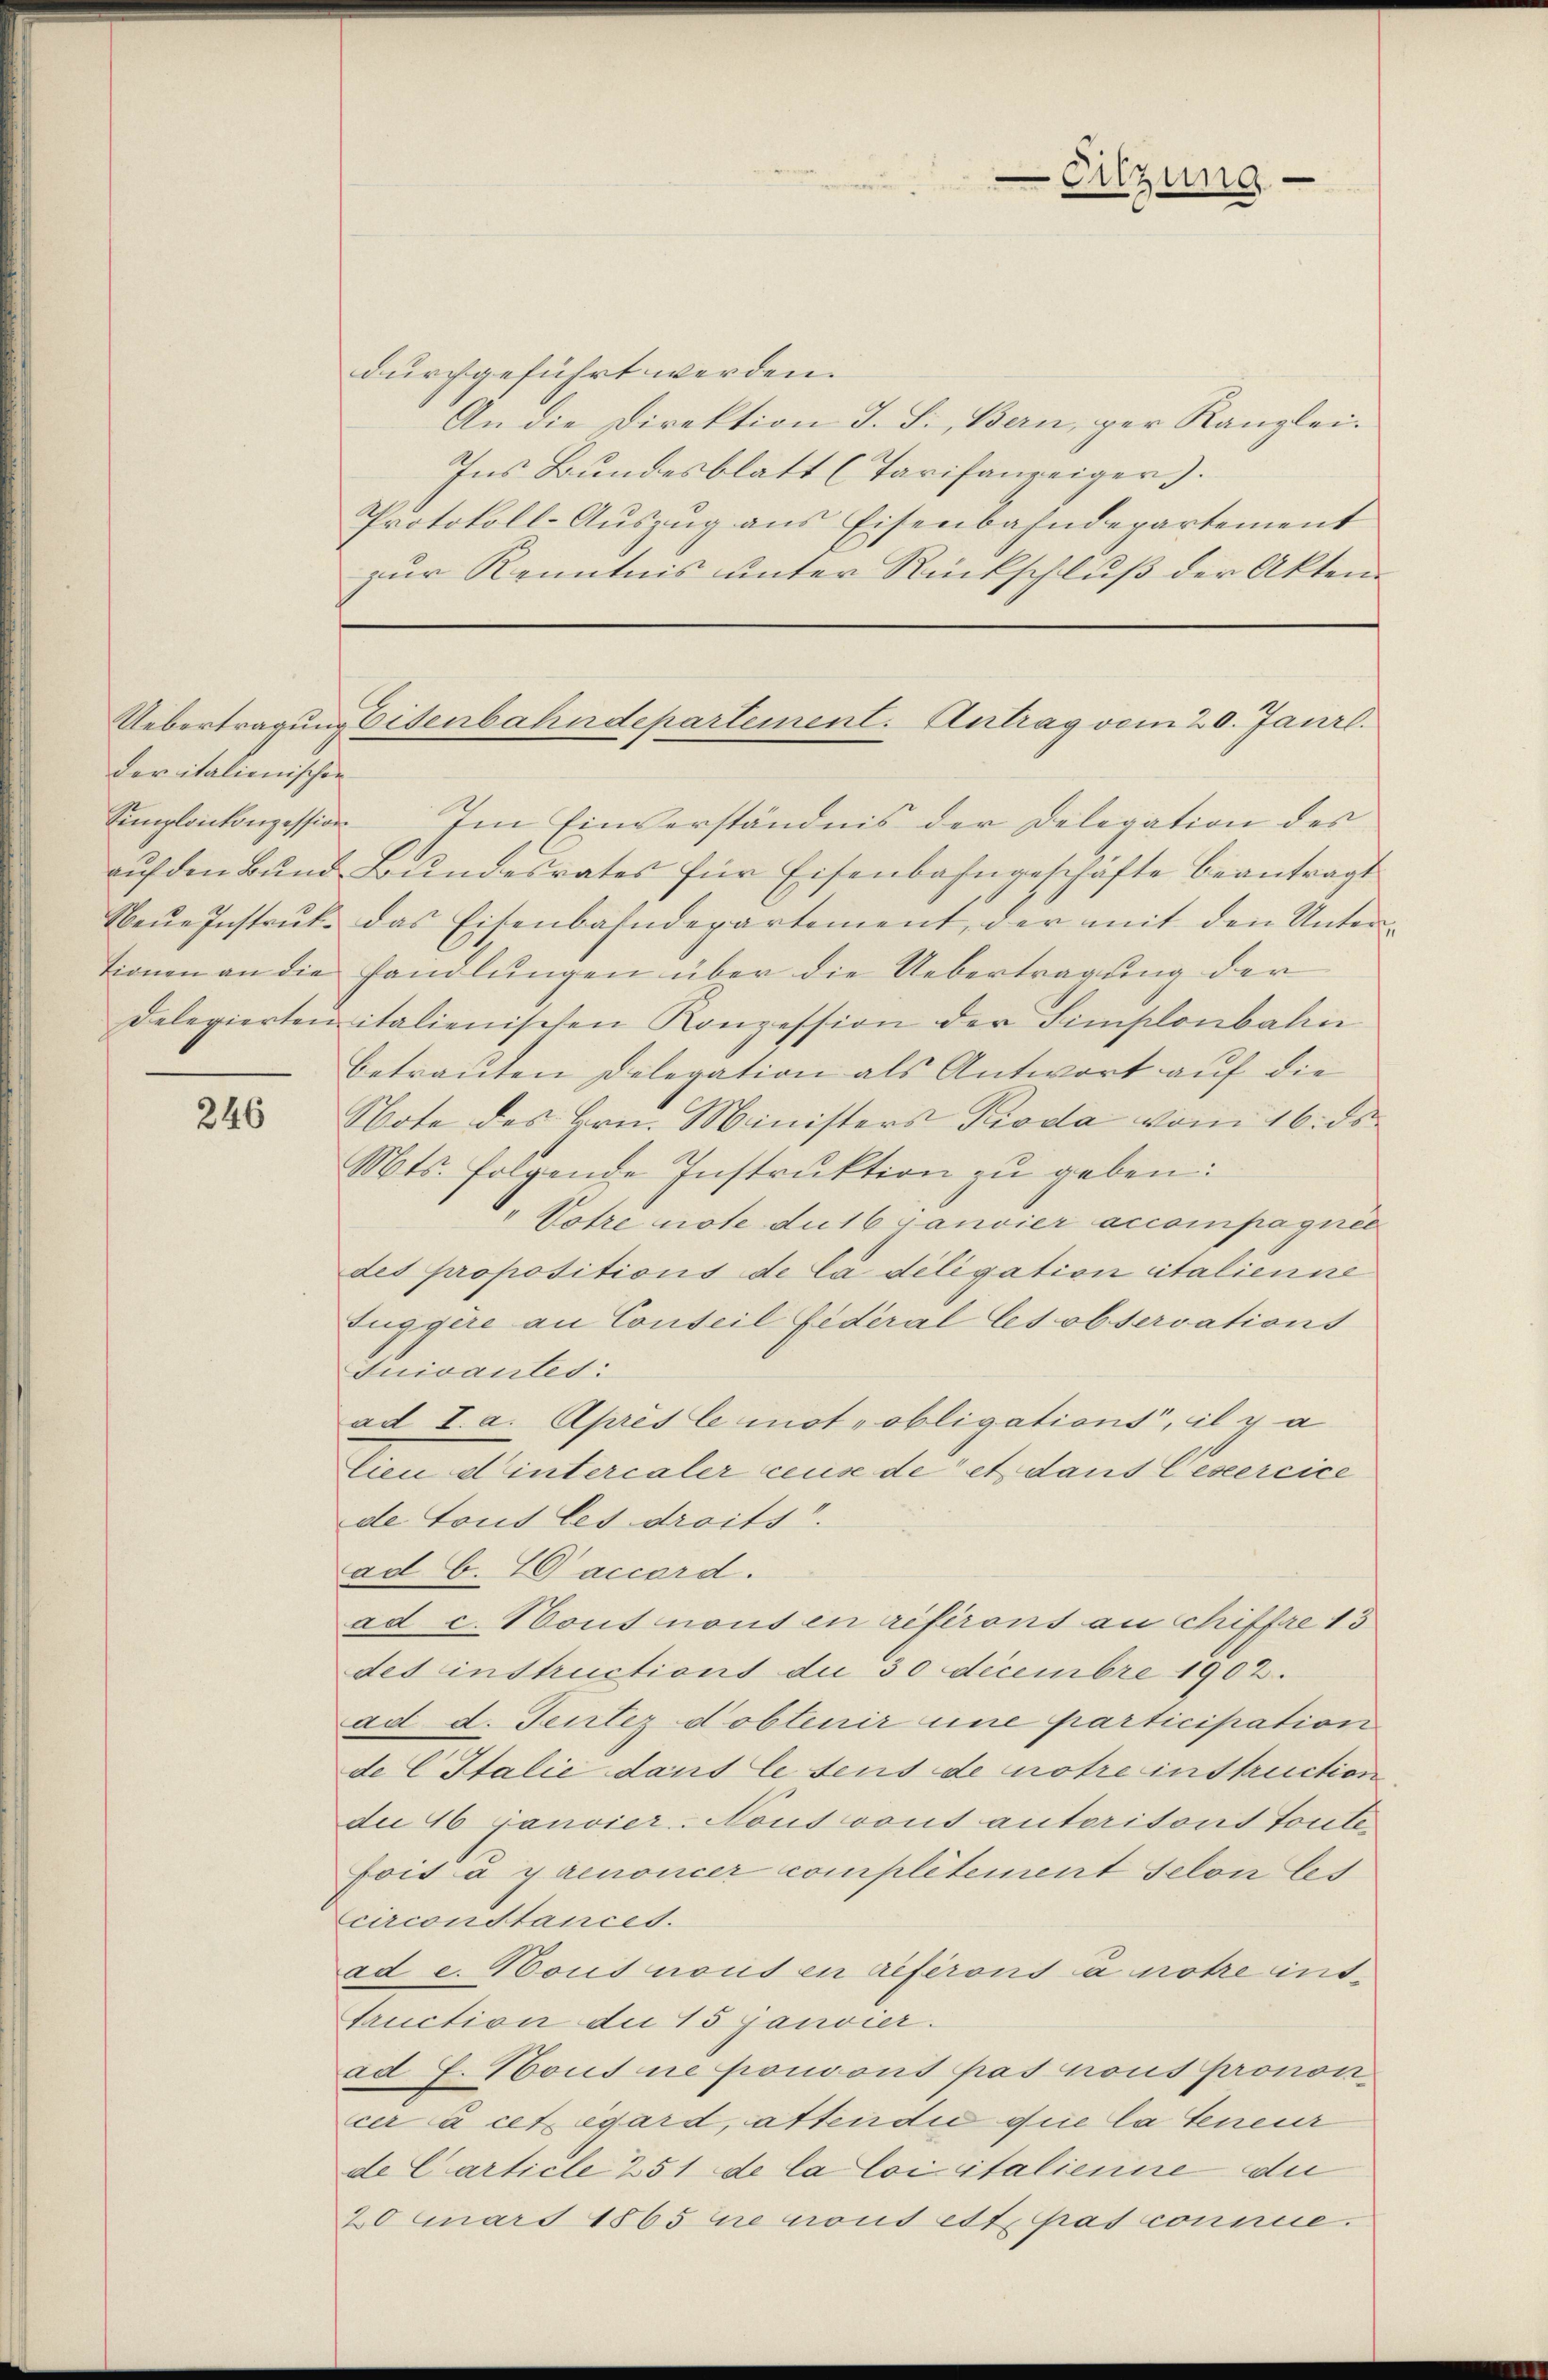
der italienischen

246

durchgeführt werden.
An die Direktion J. S., Bern, ger Kanzlei¬
Ins Bundesblatt (Tarifanzeiger).
Protokoll-Auszug aus Eisenbahndepartement
zur Kenntnis unter Rückschluß der Akten¬
Simplonkonzession Im Einverständnis der Delegation des
aŭf den Bund Bundesrates für Eisenbahngeschäfte beantragt
Neŭe Instrŭk. das Eisenbahndepartement, der mit den Unter-
tionen an die handlungen über die Uebertragung der
delegierten italienischen Konzession der Simplonbalen
betrauten Delegation als Antwort auf die
Note des Hrn. Ministers Pioda vom 16. ds
Mts. folgende Instruktion zu geben:
Votre note du 16 Janvier accompagner
des propositions de la déligation italienne
Zuggère an Conseil Fideral les observations
Juivantes:
ad I. a. Après le motrobligations, il y a
Cieu d’intercaler cause de et dans Gesercice
de tous les droits.
ad b. accord.
ad c. Hous nous en refirons an Schiffre 13
des instructions du 30 Decembre 1902.
ad d. Jentez dobtenir une participation
de C Italie dans le sens de notre instruction
die 46 Janvier-Noussont autoritont toute
Foit à y renoncer complétement selon les
circonstances.
ad e. Hous nous en referons à notre int
truction die 15 Janvier.
ad E. Hous ne ponoons pas nous pronon
cer à cet égard, atten die die la teneur
de Carticle 251 de la loi italienire die
20 uars 1865 die nond ett. pas comme.

Eitzung

Uebertragung Eisenbahndepartement. Antrag vom 20. Janrl.